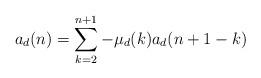
LaTeX: \begin{align*}a_d(n) = \sum_{k =2}^{n+1} -\mu_d(k)a_d(n+1-k)\end{align*}